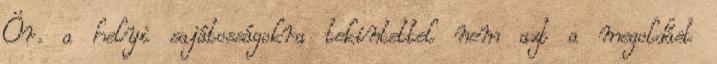
Ör. a helyi sajátosságokra tekintettel nem azt a megoldást